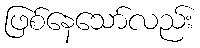
ဖြစ်နေသော်လည်း